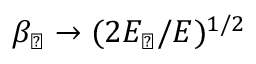
\beta _ { \perp } \rightarrow ( 2 E _ { \perp } / E ) ^ { 1 / 2 }